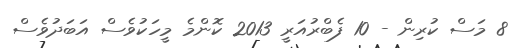
8 މަސް ކުރިން - 10 ފެބްރުއަރީ 2013 ކޮންމެ މީހަކުވެސް އަބަދުވެސް